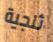
ثلجية